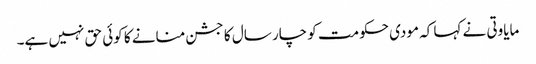
مایاوتی نے کہا کہ مودی حکومت کو چار سال کا جشن منانے کا کوئی حق نہیں ہے۔